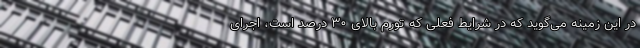
در این زمینه می‌گوید که در شرایط فعلی که تورم بالای ۳۰ درصد است، اجرای